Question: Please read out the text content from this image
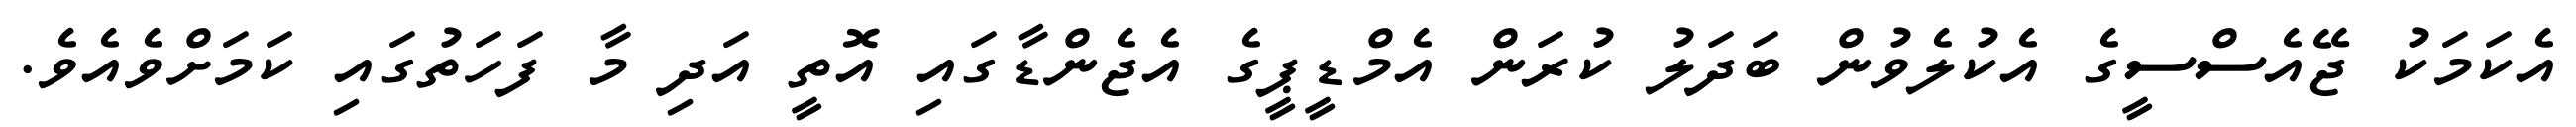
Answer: އެކަމަކު ޖޭއެސްސީގެ އެކުލެވުން ބަދަލު ކުރަން އެމްޑީޕީގެ އެޖެންޑާގައި އޮތީ އަދި މާ ފަހަތުގައި ކަމަށްވެއެވެ.